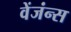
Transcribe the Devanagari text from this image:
वेंजंन्स